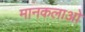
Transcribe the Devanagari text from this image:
मानकलाओ